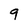
Character: 9